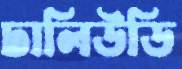
ঢালিউডি